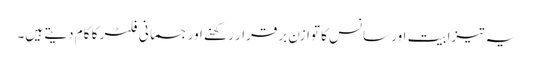
یہ تیزابیت اور سانس کا توازن برقرار رکھنے اور جسمانی فلٹر کا کام دیتے ہیں۔